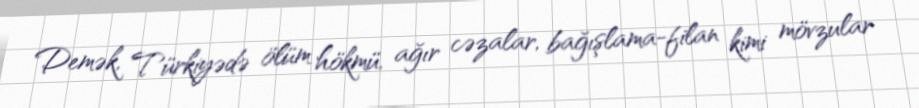
Demək, Türkiyədə ölüm hökmü, ağır cəzalar, bağışlama-filan kimi mövzular